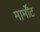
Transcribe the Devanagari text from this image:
मार्मोंट